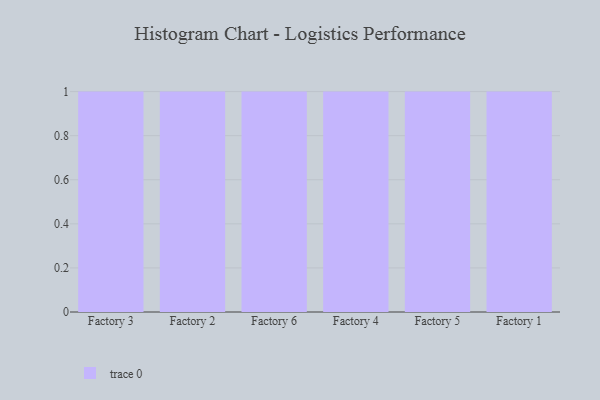
{"axis": {"x": "Factory", "y": "Bounce Rate (%)"}, "legend": [""], "data": [{"x": "Factory 3", "y": 16, "type": ""}, {"x": "Factory 2", "y": 72, "type": ""}, {"x": "Factory 6", "y": 73, "type": ""}, {"x": "Factory 4", "y": 48, "type": ""}, {"x": "Factory 5", "y": 96, "type": ""}, {"x": "Factory 1", "y": 14, "type": ""}]}